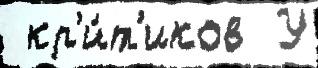
 кр'и́т'иков  У